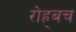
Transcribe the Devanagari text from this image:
रोह्र्बच